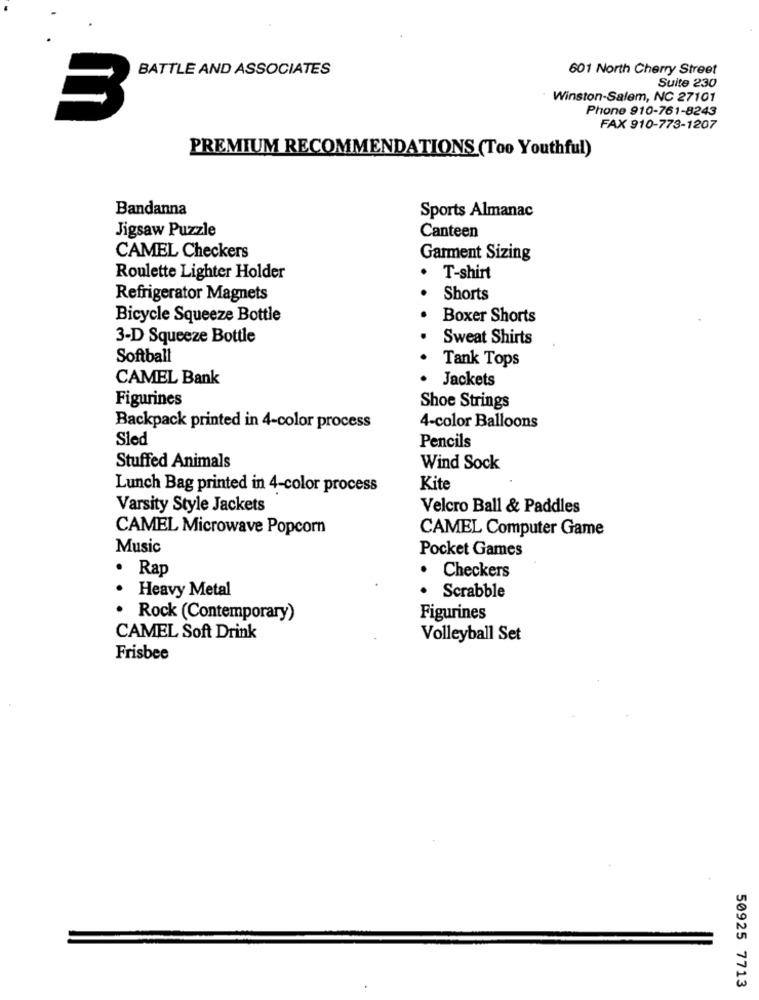
BATTLE AND ASSOCIATES
601 North Cherry Street
Suite 230
Winston-Salem, NC 27101
Phone 910-761-8243
3
FAX 910-773-1207
PREMIUM RECOMMENDATIONS (Too Youthful)
Bandanna
Sports Almanac
Jigsaw Puzzle
Canteen
CAMEL Checkers
Garment Sizing
Roulette Lighter Holder
T-shirt
Refrigerator Magnets
Shorts
Bicycle Squeeze Bottle
Boxer Shorts
3-D Squeeze Bottle
Sweat Shirts
Softball
Tank Tops
CAMEL Bank
Jackets
Figurines
Shoe Strings
Backpack printed in 4-color process
4-color Balloons
Sled
Pencils
Stuffed Animals
Wind Sock
Lunch Bag printed in 4-color process
Kite
Varsity Style Jackets
Velcro Ball & Paddles
CAMEL Microwave Popcorn
CAMEL Computer Game
Music
Pocket Games
· Rap
· Checkers
· Heavy Metal
.
Scrabble
· Rock (Contemporary)
Figurines
CAMEL Soft Drink
Volleyball Set
Frisbee
50925 7713